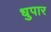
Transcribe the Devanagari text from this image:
धुपार